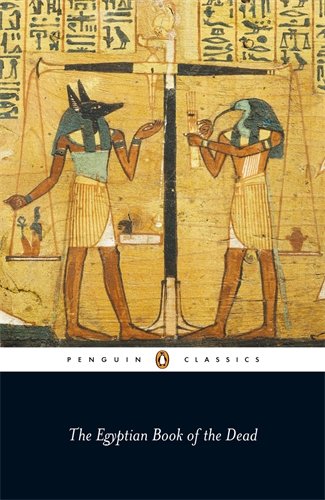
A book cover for The Egyptian Book of the Dead (Penguin Classics); Science & Math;